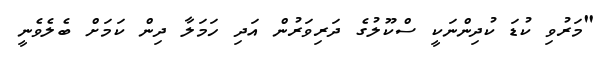
"މަރުވި ކުޑަ ކުދިންނަކީ ސްކޫލުގެ ދަރިވަރުން އަދި ހަމަލާ ދިން ކަމަށް ބެލެވެނީ